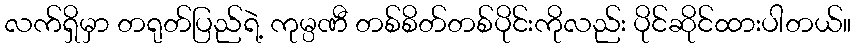
လက်ရှိမှာ တရုတ်ပြည်ရဲ့ ကုမ္ပဏီ တစ်စိတ်တစ်ပိုင်းကိုလည်း ပိုင်ဆိုင်ထားပါတယ်။